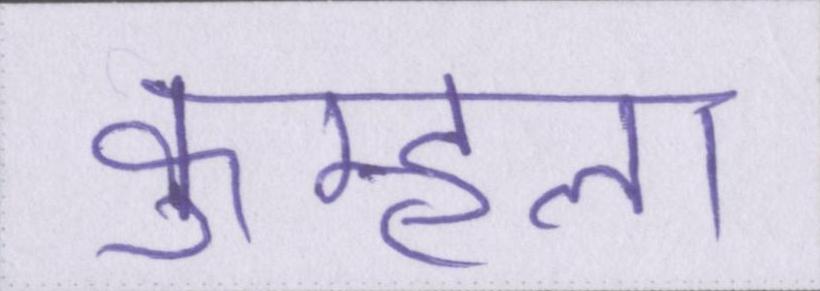
कुम्हला